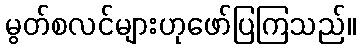
မွတ်စလင်များဟုဖော်ပြကြသည်။